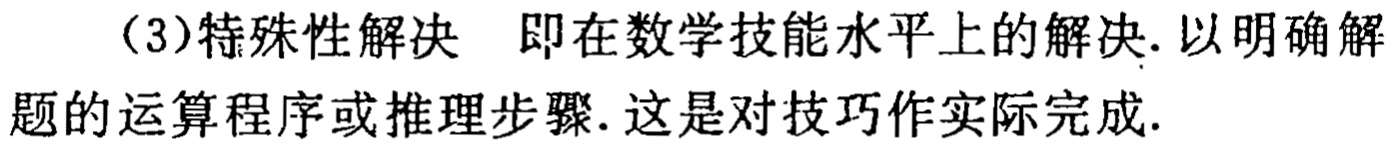
（3）特殊性解决 即在数学技能水平上的解决.以明确解题的运算程序或推理步骤.这是对技巧作实际完成.